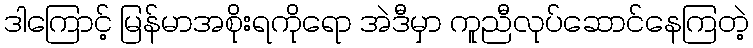
ဒါကြောင့် မြန်မာအစိုးရကိုရော အဲဒီမှာ ကူညီလုပ်ဆောင်နေကြတဲ့